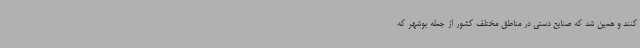
کنند و همین شد که صنایع دستی در مناطق مختلف کشور از جمله بوشهر که